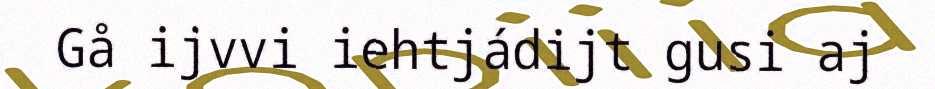
Gå ijvvi iehtjádijt gusi aj